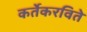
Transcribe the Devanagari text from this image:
कर्तेकरविते